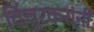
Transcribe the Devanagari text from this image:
विंचूरकरांनीं